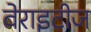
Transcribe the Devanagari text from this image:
वेराइटीज